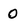
Character: 0